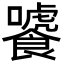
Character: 𩞂